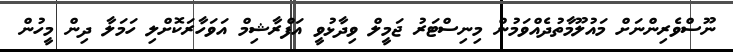
ނޫސްވެރިންނަށް މައުލޫމާތުދެއްވަމުން މިނިސްޓަރު ޖަމީލް ވިދާޅުވީ އަފްރާޝިމް އަވަހާރަކޮށްލި ހަމަލާ ދިން މީހުން